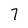
Character: 7